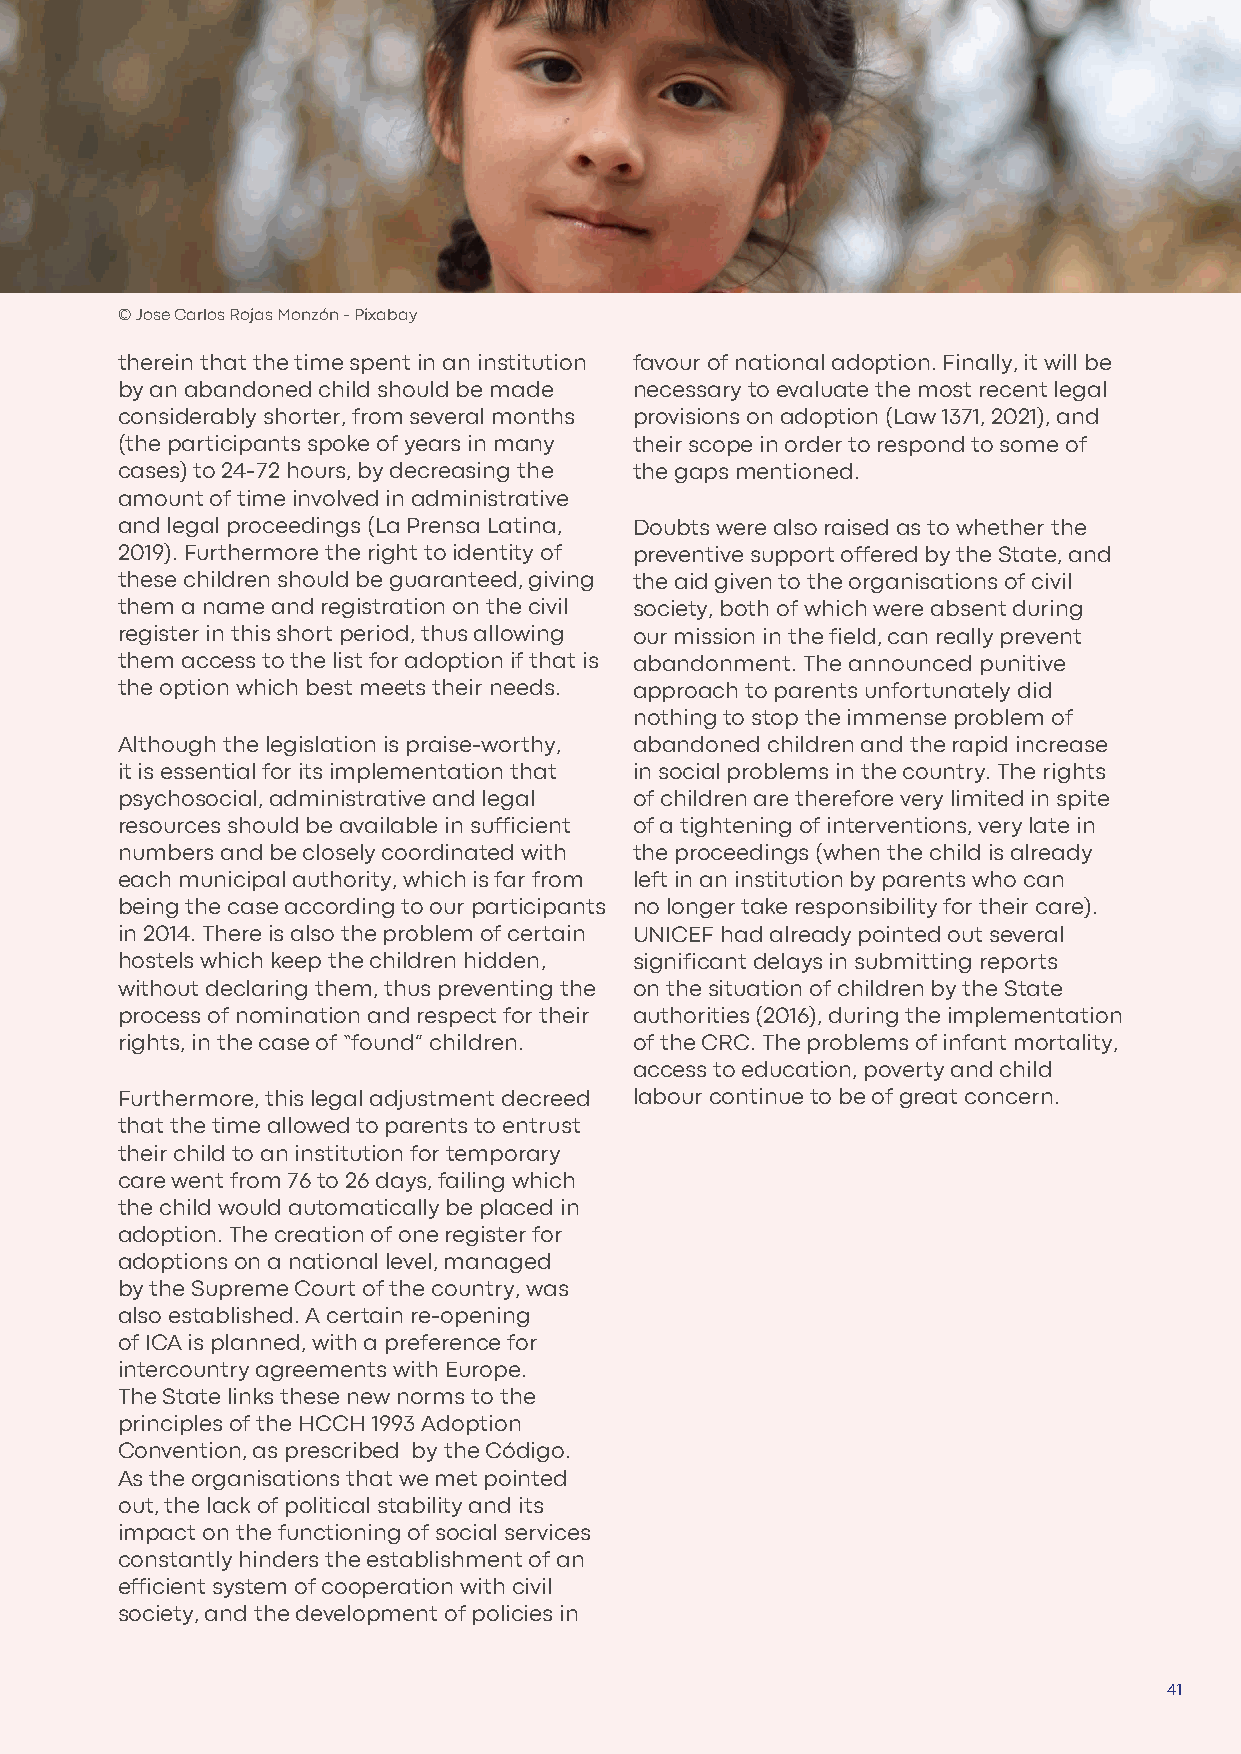
BOLIVIA BOLIVIA BOLIVIA BOLIVIA BOLIVIA BOLIVIA
 BOLIVIA BOLIVIA BOLIVIA BOLIVIA BOLIVIA BOLIVIA
 BOLIVIA BOLIVIA BOLIVIA BOLIVIA BOLIVIA BOLIVIA
 BOLIVIA BOLIVIA BOLIVIA BOLIVIA BOLIVIA BOLIVIA
 BOLIVIA BOLIVIA BOLIVIA BOLIVIA BOLIVIA BOLIVIA
 BOLIVIA BOLIVIA BOLIVIA BOLIVIA BOLIVIA BOLIVIA
 © Jose Carlos Rojas Monzón - Pixabay
 therein that the time spent in an institution favour of national adoption. Finally, it will be
 by an abandoned child should be made necessary to evaluate the most recent legal
 considerably shorter, from several months provisions on adoption (Law 1371, 2021), and
 (the participants spoke of years in many their scope in order to respond to some of
 cases) to 24-72 hours, by decreasing the the gaps mentioned.
 amount of time involved in administrative
 and legal proceedings (La Prensa Latina, Doubts were also raised as to whether the
 2019). Furthermore the right to identity of preventive support offered by the State, and
 these children should be guaranteed, giving the aid given to the organisations of civil
 them a name and registration on the civil society, both of which were absent during
 register in this short period, thus allowing our mission in the field, can really prevent
 them access to the list for adoption if that is abandonment. The announced punitive
 the option which best meets their needs. approach to parents unfortunately did
 nothing to stop the immense problem of
 Although the legislation is praise-worthy, abandoned children and the rapid increase
 it is essential for its implementation that in social problems in the country. The rights
 psychosocial, administrative and legal of children are therefore very limited in spite
 resources should be available in sufficient of a tightening of interventions, very late in
 numbers and be closely coordinated with the proceedings (when the child is already
 each municipal authority, which is far from left in an institution by parents who can
 being the case according to our participants no longer take responsibility for their care).
 in 2014. There is also the problem of certain UNICEF had already pointed out several
 hostels which keep the children hidden, significant delays in submitting reports
 without declaring them, thus preventing the on the situation of children by the State
 process of nomination and respect for their authorities (2016), during the implementation
 rights, in the case of “found” children. of the CRC. The problems of infant mortality,
 access to education, poverty and child
 Furthermore, this legal adjustment decreed labour continue to be of great concern.
 that the time allowed to parents to entrust
 their child to an institution for temporary
 care went from 76 to 26 days, failing which
 the child would automatically be placed in
 adoption. The creation of one register for
 adoptions on a national level, managed
 by the Supreme Court of the country, was
 also established. A certain re-opening
 of ICA is planned, with a preference for
 intercountry agreements with Europe.
 The State links these new norms to the
 principles of the HCCH 1993 Adoption
 Convention, as prescribed by the Código.
 As the organisations that we met pointed
 out, the lack of political stability and its
 impact on the functioning of social services
 constantly hinders the establishment of an
 efficient system of cooperation with civil
 society, and the development of policies in
 41